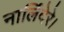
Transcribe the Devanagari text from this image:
नार्लिदेरे।